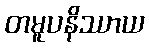
တမူပနိဿာယ